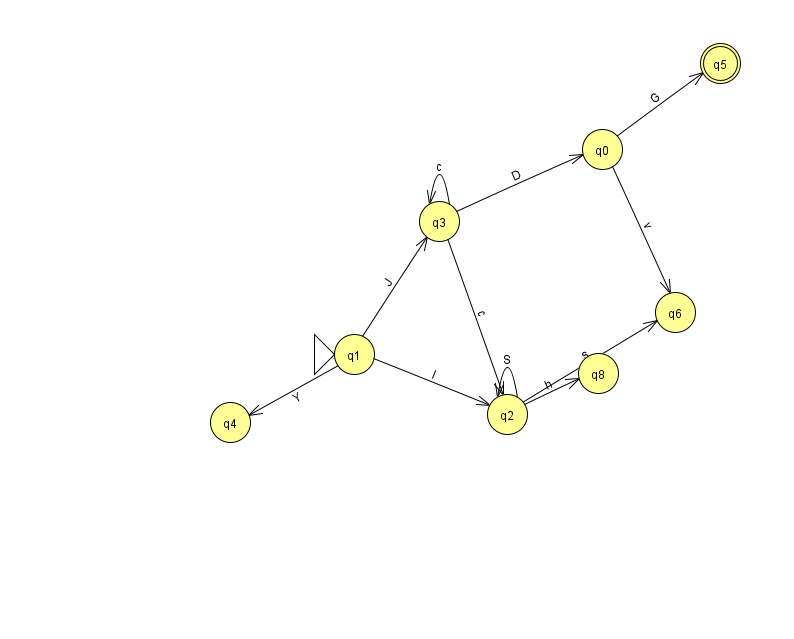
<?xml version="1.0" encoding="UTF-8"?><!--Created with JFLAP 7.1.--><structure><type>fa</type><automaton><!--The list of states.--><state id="0" name="q0"><x>602.0</x><y>136.0</y></state><state id="1" name="q1"><x>354.0</x><y>341.0</y><initial/></state><state id="2" name="q2"><x>507.0</x><y>401.0</y></state><state id="3" name="q3"><x>439.0</x><y>208.0</y></state><state id="4" name="q4"><x>230.0</x><y>409.0</y></state><state id="5" name="q5"><x>720.0</x><y>50.0</y><final/></state><state id="6" name="q6"><x>675.0</x><y>299.0</y></state><state id="8" name="q8"><x>598.0</x><y>360.0</y></state><!--The list of transitions.--><transition><from>3</from><to>0</to><read>D</read></transition><transition><from>2</from><to>2</to><read>S</read></transition><transition><from>3</from><to>3</to><read>c</read></transition><transition><from>3</from><to>2</to><read>c</read></transition><transition><from>0</from><to>5</to><read>G</read></transition><transition><from>1</from><to>3</to><read>J</read></transition><transition><from>0</from><to>6</to><read>v</read></transition><transition><from>1</from><to>2</to><read>I</read></transition><transition><from>2</from><to>6</to><read>s</read></transition><transition><from>2</from><to>8</to><read>h</read></transition><transition><from>1</from><to>4</to><read>Y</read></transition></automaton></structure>